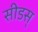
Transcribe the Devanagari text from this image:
सीडस्